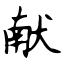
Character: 献